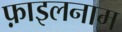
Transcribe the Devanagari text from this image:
फ़ाइलनाम